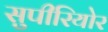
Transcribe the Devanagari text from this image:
सुपीरियोर